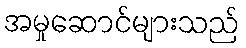
အမှုဆောင်များသည်